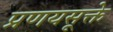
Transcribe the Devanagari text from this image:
प्रणयसूक्ते